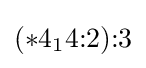
(*4_{1}4{:}2){:}3